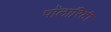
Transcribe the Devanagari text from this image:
पॉलारिटी